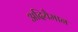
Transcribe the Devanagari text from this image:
अदियैमान